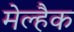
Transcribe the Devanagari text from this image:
मेल्हैक